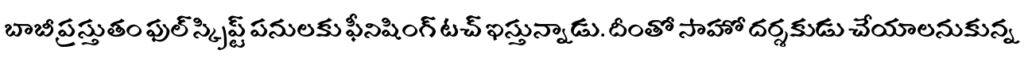
బాబీ ప్రస్తుతం ఫుల్ స్క్రిప్ట్ పనులకు ఫీనిషింగ్ టచ్ ఇస్తున్నాడు. దీంతో సాహో దర్శకుడు చేయాలనుకున్న